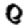
Digit: 0